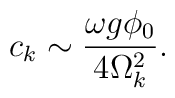
c_k\sim \frac{\omega g\phi _0}{4\Omega _k^2}.